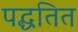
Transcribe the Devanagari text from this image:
पद्धतित